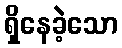
ရှိနေခဲ့သော